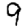
Digit: 9